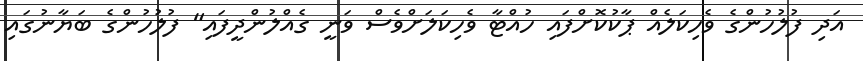
އަދި ފުލުހުންގެ ވެހިކަލެއް ޕާކުކޮށްފައި ހުއްޓާ ވެހިކަލަށްވެސް ވަނީ ގެއްލުންދީފައި" ފުލުހުންގެ ބަޔާނުގައި